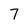
Character: 7